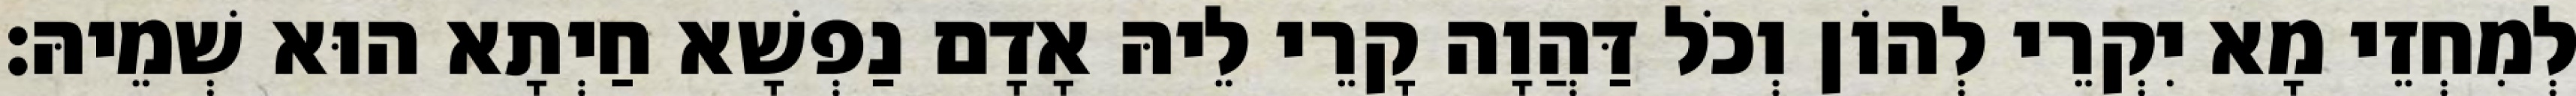
לְמִחְזֵי מָא יִקְרֵי לְהוֹן וְכֹל דַּהֲוָה קָרֵי לֵיהּ אָדָם נַפְשָׁא חַיְתָא הוּא שְׁמֵיהּ׃